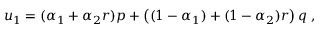
u _ { 1 } = ( \alpha _ { 1 } + \alpha _ { 2 } r ) p + \left( ( 1 - \alpha _ { 1 } ) + ( 1 - \alpha _ { 2 } ) r \right) q \; ,